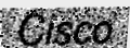
Cisco